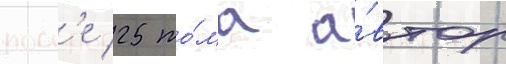
посл'е 25 то́ма а́втор